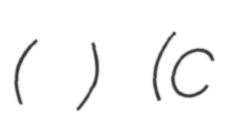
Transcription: (源 義綱) (c